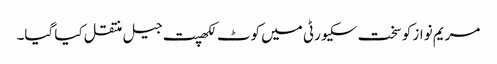
مریم نواز کو سخت سکیورٹی میں کوٹ لکھپت جیل منتقل کیا گیا۔